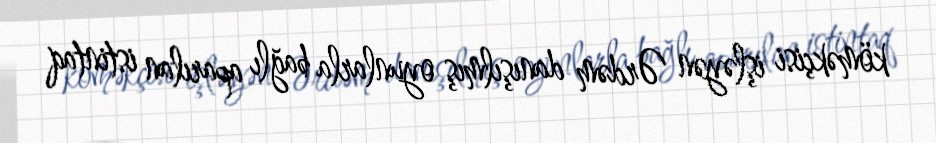
köməkçisi işləyən Ərdəm danışılmış oyunlarla bağlı aparılan istintaq